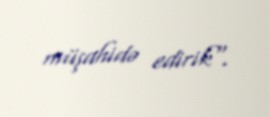
müşahidə edirik".